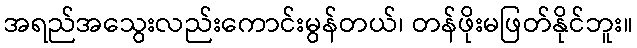
အရည်အသွေးလည်းကောင်းမွန်တယ်၊ တန်ဖိုးမဖြတ်နိုင်ဘူး။